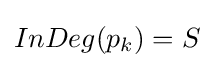
InDeg(p_{k})=S